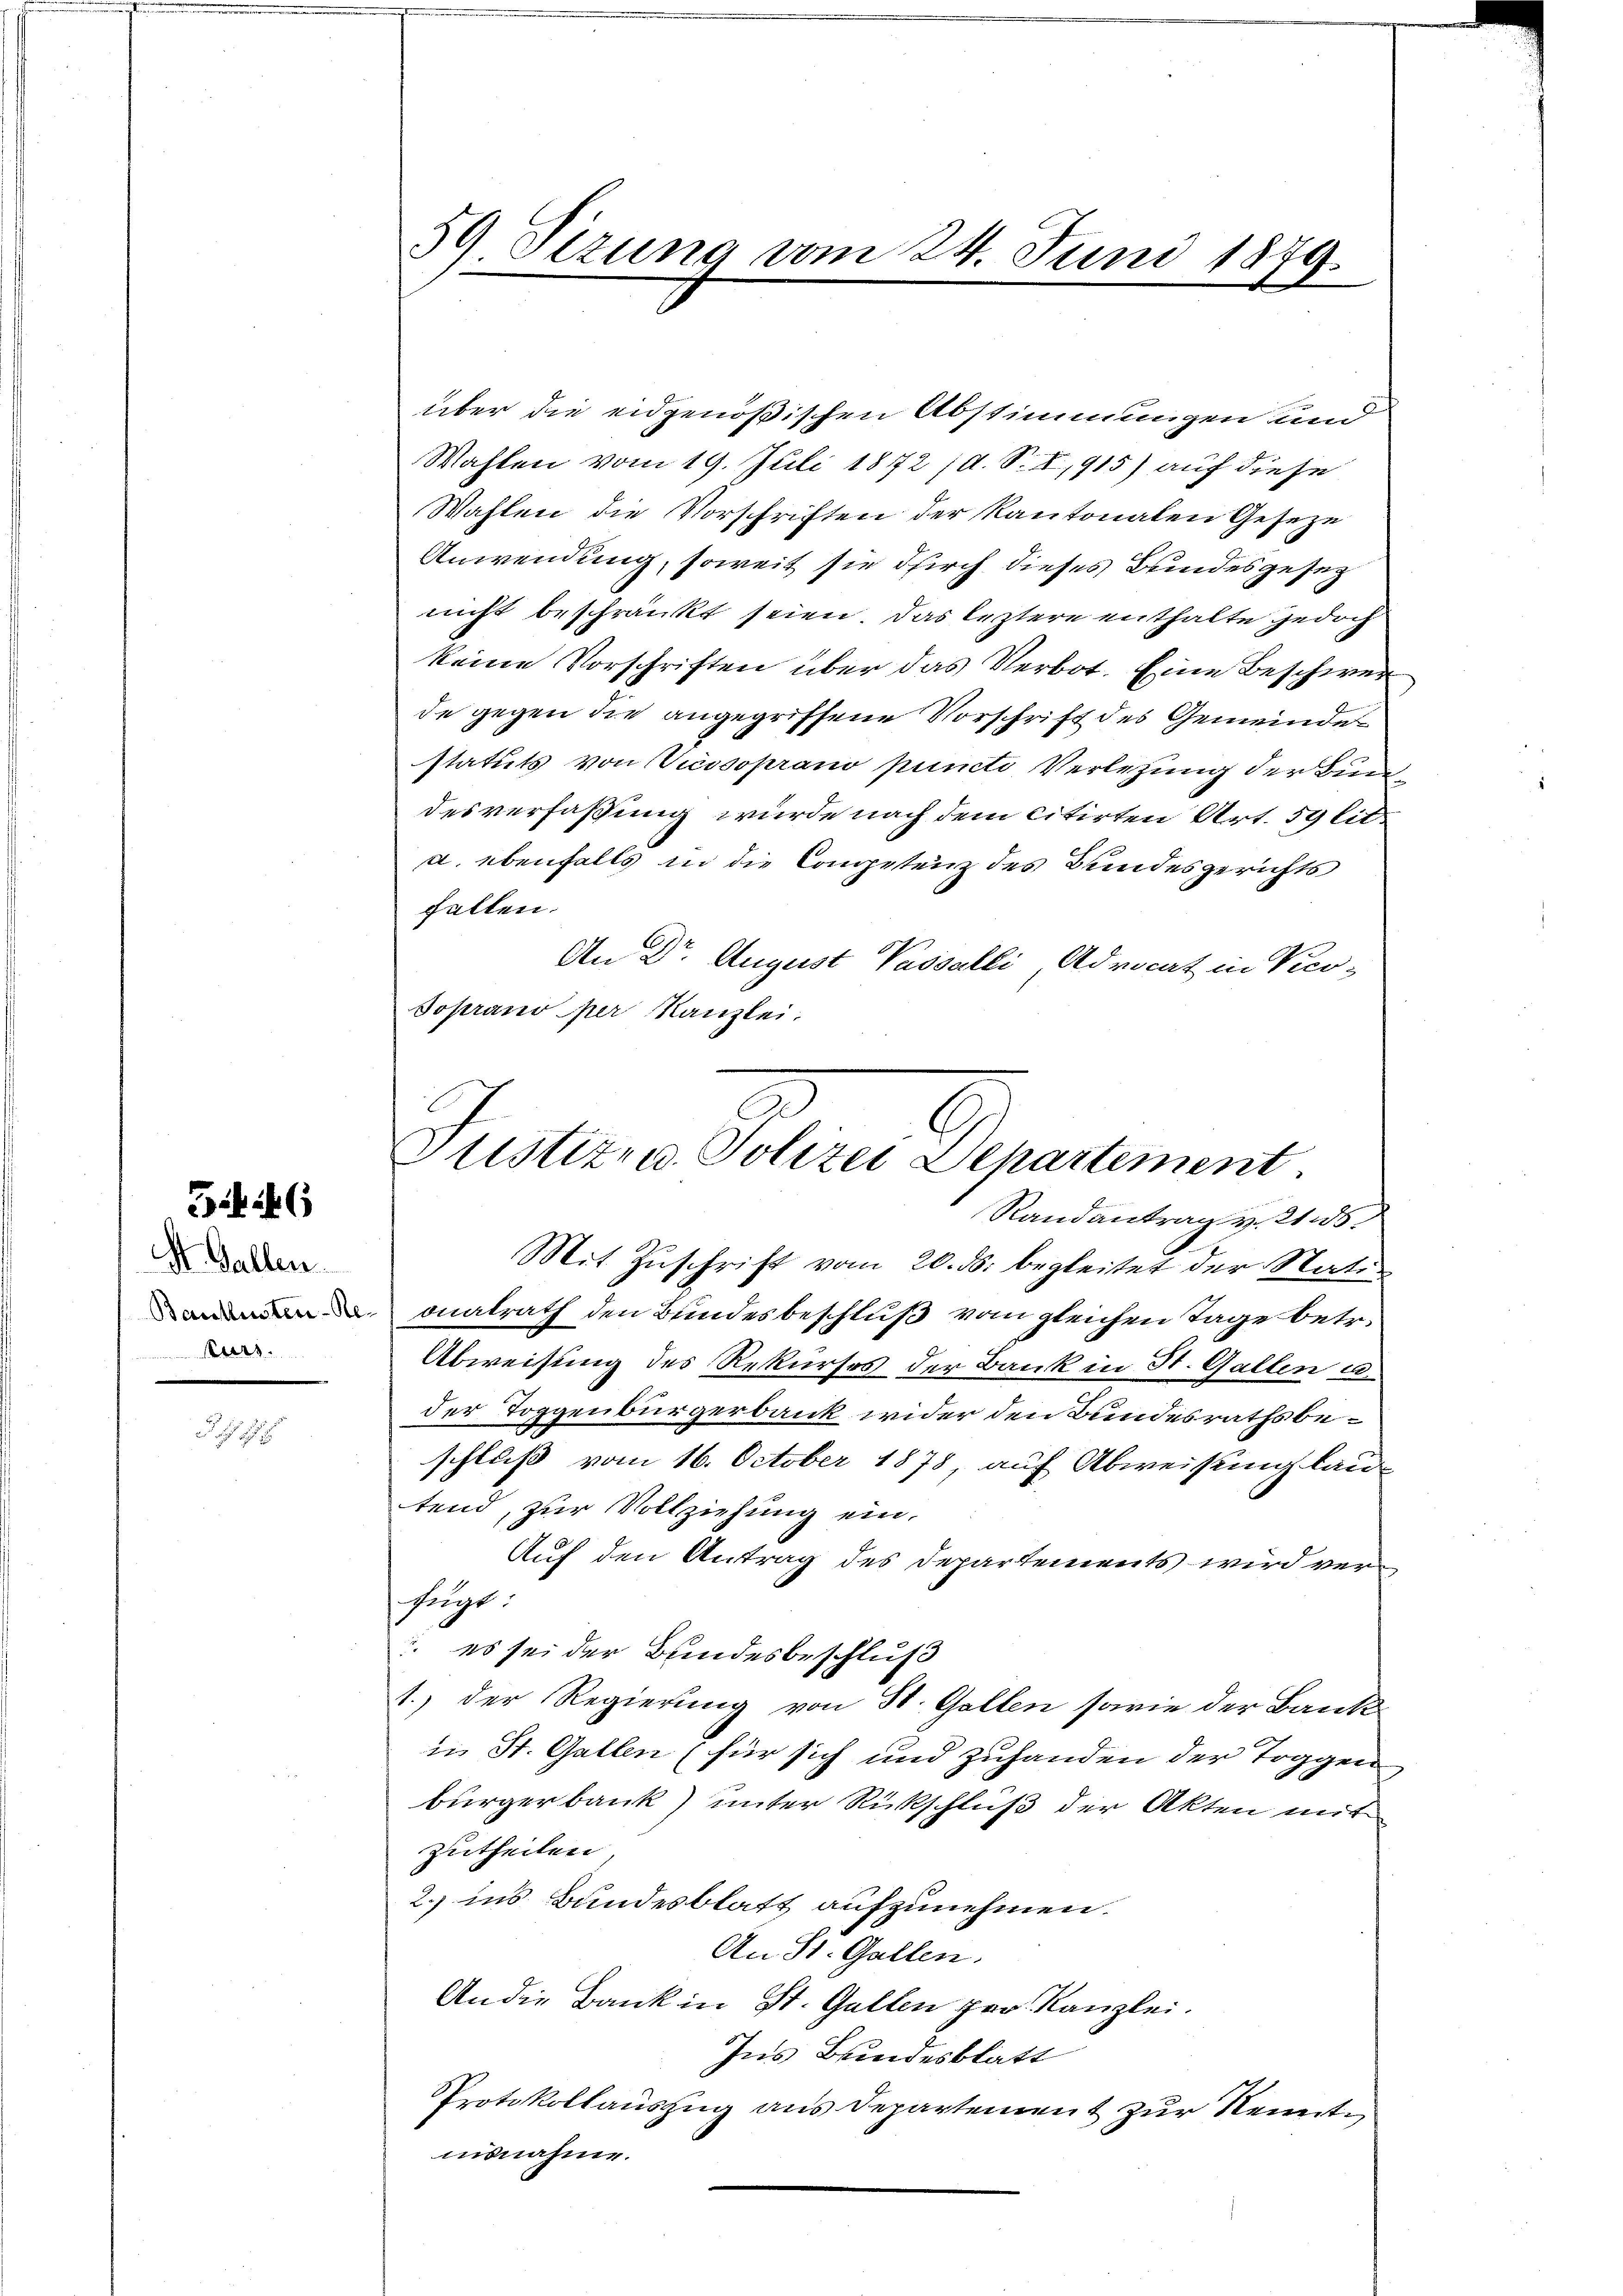
54. 46

St. Gallen.
Turs.

d. G. 91

59 Sizung vom 24. Juni 1879.

über die eidgenößischen Abstimmungen und
Wahlen vom 19. Juli 1872 /d. S. I,915) auf diese
Wahlen die Vorschriften der Kantonalen Geseze
Anwendung, soweit sie durch dieses Bundesgesetz
nicht beschränkt seien. Das leztere enthalte jedoch
keine Vorschriften über das Verbot. Eine Beschwer
de gegen die angegriffene Vorschrift des Gemeinde
statuts von Vicssoprano puncti Verletzung der Bundesverfaßung wurde nach dem citirten Art. 59 lit.
a. ebenfalls in die Competenz des Bundesgerichts
halten.
An Dr. August Passalli, Advocat in Ver-
Soprano per Kanzlei.

Justizen Polizei Departement.

Randantrag v. 25.
Mit Zuschrift vom 20. ds. begleitet der Nati
a onalrath den Bundesbeschluß vom gleichen Tage betr.
Abweisung des Rekurses der Bank in St. Gallen u.
der Toggenbürgerbank wider den Bundesrathsbeschluß vom 16. October 1873, auf Abweisung lau-
tend, zur Vollziehung ein.
Auf den Antrag des Departements wird verfügt:
. es sei der Bundesbeschluß
1.) Der Regierung von St. Gallen sowie der Baute
in St. Gallen (für sich und zuhanden der Toggen
bürgerbank unter Rückschluß der Akten mit
zutheilen,
2.) ins Bundesblatt aufzunehmen.
An St. Gallen.
An die Bank in St. Gallen per Kanzlei.
Ins Bundesblatt
Protokollauszug aus Departement zur Nenntuisnahme.